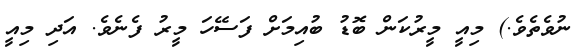
ނުވެތެވެ.) މިއީ މީރުކަން ބޮޑު ބުއިމަށް ފަސޭހަ މީރު ފެނެވެ. އަދި މިއީ